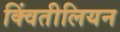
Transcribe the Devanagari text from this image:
क्विंतीलियन